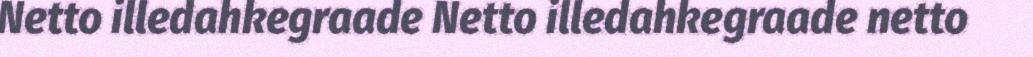
Netto illedahkegraade Netto illedahkegraade netto